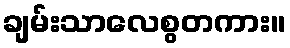
ချမ်းသာလေစွတကား။